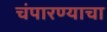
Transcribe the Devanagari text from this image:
चंपारण्याचा